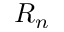
R _ { n }